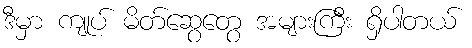
ဒီမှာ ကျုပ် မိတ်ဆွေတွေ အများကြီး ရှိပါတယ်